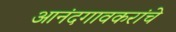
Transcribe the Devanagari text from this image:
आनंदगावकरांचे